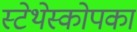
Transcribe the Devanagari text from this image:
स्टेथेस्कोपका